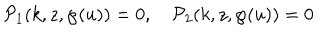
LaTeX: { \cal P } _ { 1 } ( k , z , \wp ( u ) ) = 0 , \quad { \cal P } _ { 2 } ( k , z , \wp ( u ) ) = 0